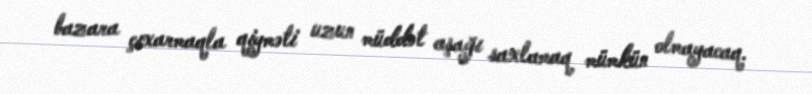
bazara çıxarmaqla qiyməti uzun müddət aşağı saxlamaq mümkün olmayacaq.